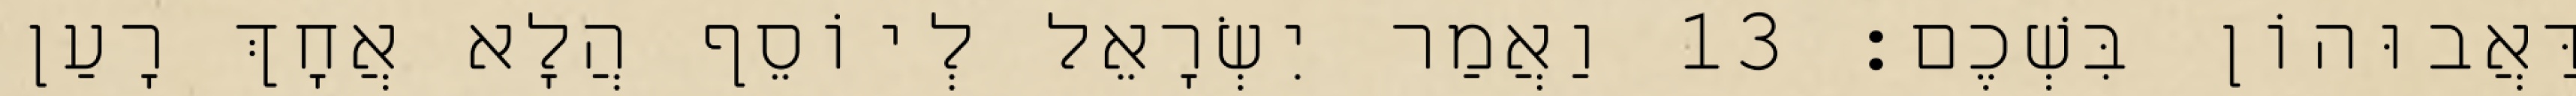
דַּאֲבוּהוֹן בִּשְׁכֶם׃ 13 וַאֲמַר יִשְׂרָאֵל לְיוֹסֵף הֲלָא אֲחָךְ רָעַן